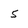
Character: 5